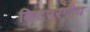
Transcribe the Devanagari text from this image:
किटपरगीय